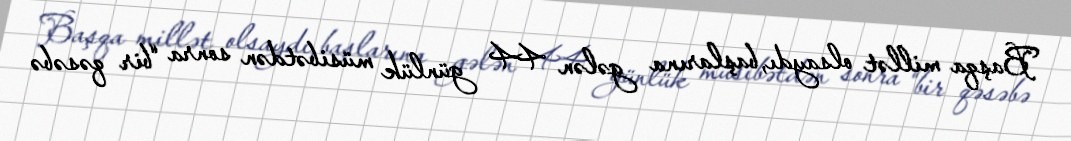
Başqa millət olsaydı, başlarına gələn 44 günlük müsibətdən sonra “bir qəsəbə